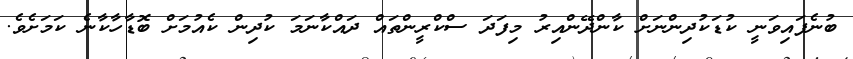
ބުނެފައިވަނީ ކުޑަކުދިންނަށް ކާންދޭންއިރު މިފަދަ ސްކްރީންތައް ދައްކާނަމަ ކުދިން ކެއުމަށް ބޮޑާހާކާނެ ކަމަށެވެ.